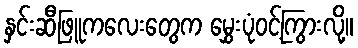
နှင်းဆီဖြူကလေးတွေက မွှေးပုံဝင့်ကြွားလို့။